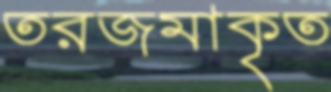
তরজমাকৃত